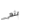
ينهى